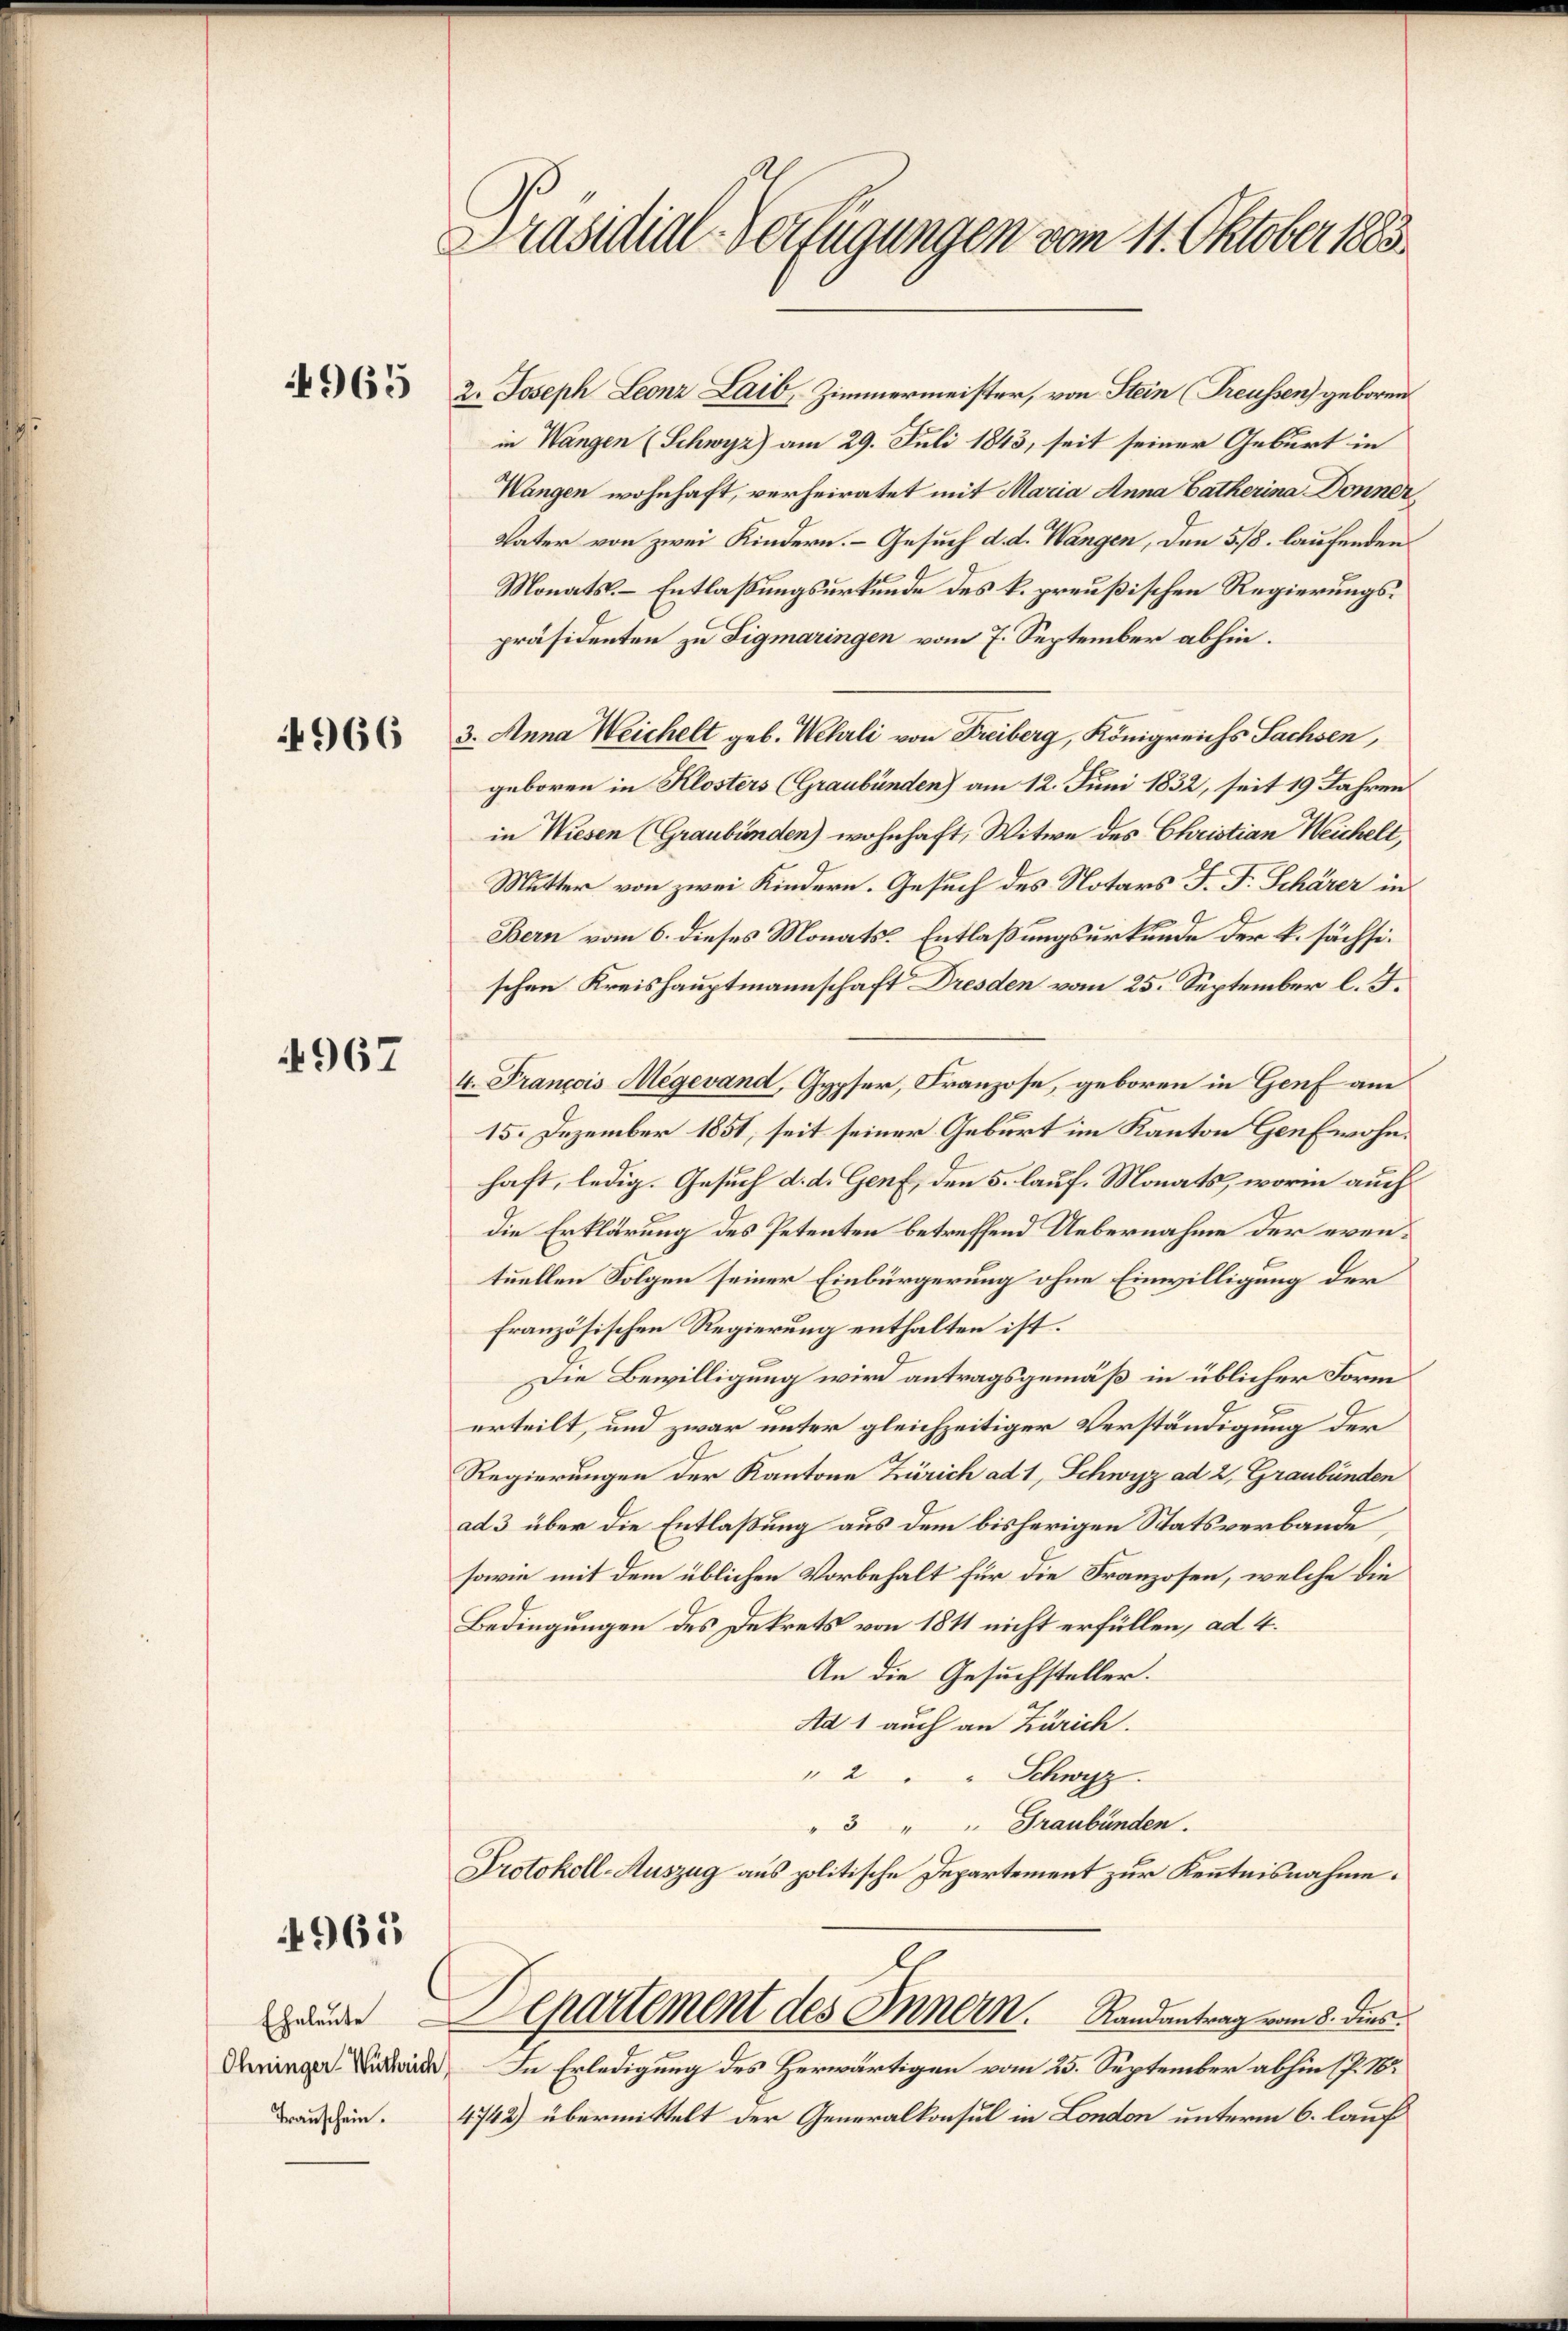
965

4966

4967

4965

Eheleute
Ohninger Wuthrich
Transchein.

Präsidial-Verfügungen vom 11. Oktober 1883.

2. Joseph Leonz Laib, Zimmermeister, von Stein Treussen) geboren
in Wangen (Schwyz) am 29. Juli 1843, seit seiner Geburt in
Wangen wohnhaft, verheiratet mit Maria Anna Catherina Donner
Vater von zwei Kindern. – Gesuch d. d. Wangen, den 5./8. laufenden
Monats-Entlaßungsurkunde des k. preußischen Regierungspräsidenten zu Tigmaringen vom 7. September abhin.
3. Anna Weichelt geb. Wehrli von Freiberg, Königreichs Sachsen,
geboren in Klosters (Graubünden) am 12. Juni 1832, seit 19 Jahren
in Wiesen (Graubünden) wohnhaft, Witwe des Christian Weichelt,
Mutter von zwei Kindern. Gesuch des Notars J. F. Schärer in
Bern vom 6. dieses Monats-Entlaßungsurkunde der k. sächsischen Kreishauptmannschaft Dresden vom 25. September l. J.
4. François Megevand, Gypser, Franzose, geboren in Genf am
15. Dezember 1851, seit seiner Geburt im Kanton Genf wohnhaft, ledig. Gesuch d. d. Genf, den 5. lauf. Monats, worin auch
die Erklärung des Petenten betreffend Uebernahme der eventuellen Folgen seiner Einbürgerung ohne Einwilligung der
französischen Regierung enthalten ist.
Die Bewilligung wird antragsgemäß in üblicher Form
erteilt, und zwar unter gleichzeitiger Verständigung der
Regierungen der Kantone Zürich ad 1, Schwyz ad 2, Graubünden
ad 3 über die Entlaßung aus dem bisherigen Statsverbande
sowie mit dem üblichen Vorbehalt für die Franzosen, welche die
Bedingungen des Dekrets von 1811 nicht erfüllen, ad 4.
An die Gesuchsteller.
Ad 1 auch an Zürich.
" 2 " " Schwyz.
"3 " " Graubünden.
Protokoll-Auszug aus politische Departement zur Kenntnisnahme.
Departement des Innern. Randantrag vom 8. dies
In Erledigung des Herwärtigen vom 25. September abhin (P. Nr
4742) übermittelt der Generalkonsul in London unterm 6. lauf